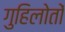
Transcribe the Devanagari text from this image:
गुहिलोतों